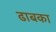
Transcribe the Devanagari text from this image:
ढाबका